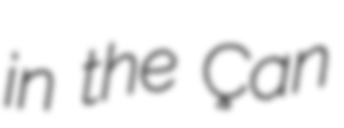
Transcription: in the Çan